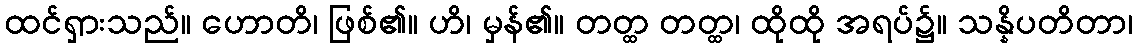
ထင်ရှားသည်။ ဟောတိ၊ ဖြစ်၏။ ဟိ၊ မှန်၏။ တတ္ထ တတ္ထ၊ ထိုထို အရပ်၌။ သန္နိပတိတာ၊